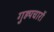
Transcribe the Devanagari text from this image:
गुह्यचारों